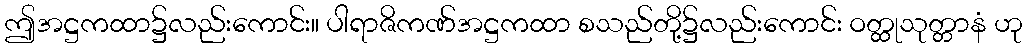
ဤအဋ္ဌကထာ၌လည်းကောင်း။ ပါရာဇိကဏ်အဋ္ဌကထာ စသည်တို့၌လည်းကောင်း ဝတ္ထုသုတ္တာနံ ဟု